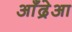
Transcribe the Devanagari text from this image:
आँद्रेआ